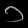
Digit: ၁